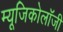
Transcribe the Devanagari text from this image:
म्‍यूजिकोलॉजी